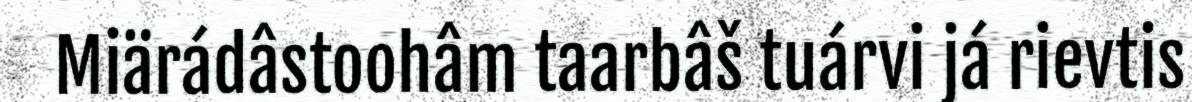
Miärádâstoohâm taarbâš tuárvi já rievtis